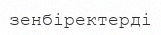
зенбіректерді